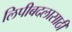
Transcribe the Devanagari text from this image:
लिपीबदलासाठी